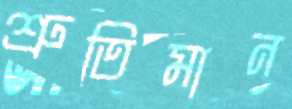
শ্রুতিমান